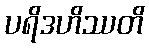
ပရိဒဟိဿတိ